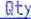
QTY